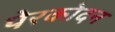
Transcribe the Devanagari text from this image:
पेरकोदन